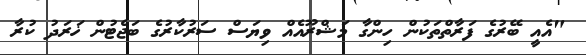
"އެއީ ބޭރުގެ ފަރާތްތަކުން ހިންގާ މަޝްރޫއެއް ވިޔަސް ސަރުކާރުގެ ބަޖެޓުން ޚަރަދު ކުރާ